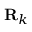
\mathbf { R } _ { k }